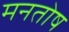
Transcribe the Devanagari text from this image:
मनतोष